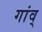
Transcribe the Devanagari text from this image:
गांव्